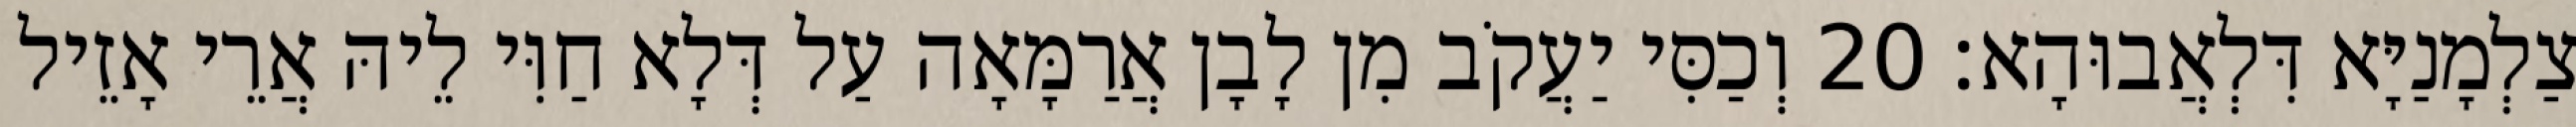
צַלְמָנַיָּא דִּלְאֲבוּהָא׃ 20 וְכַסִּי יַעֲקֹב מִן לָבָן אֲרַמָּאָה עַל דְּלָא חַוִּי לֵיהּ אֲרֵי אָזֵיל